Annual report of the Prince of Wales Medical College, Patna
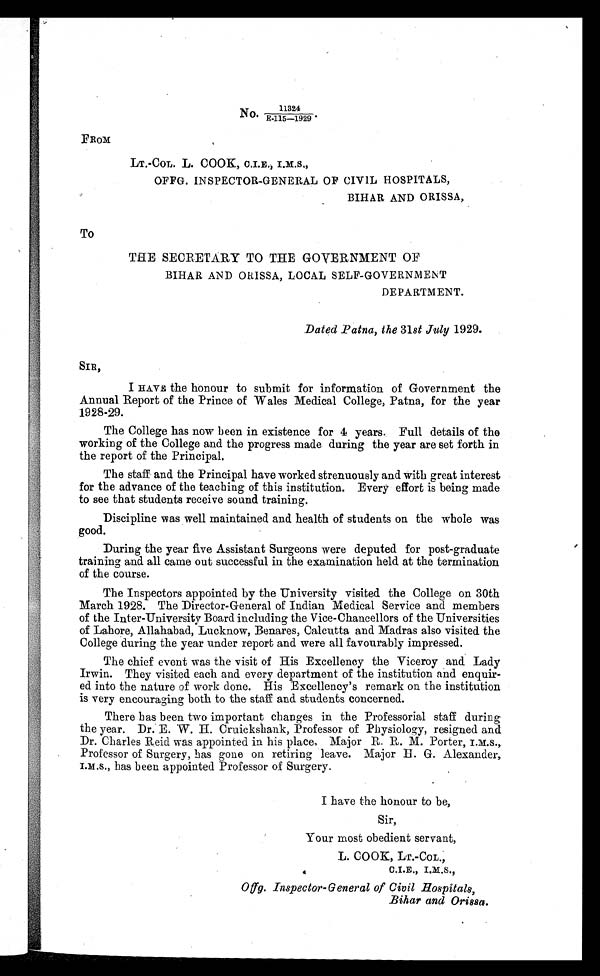
11324
No. E .1 1 5 — 1 9 2 9 .
FROM
LT.-COL. L. COOK, C.I.E., I.M.S.,
OFFG. INSPECTOR-GENERAL OF CIVIL HOSPITALS,
BIHAR AND ORISSA,
To
THE SECRETARY TO THE GOVERNMENT OF
BIHAR AND ORISSA, LOCAL SELF-GOVERNMENT
DEPARTMENT.
Dated Patna, the 31 st July 1929.
SIR,
I HAVE the honour to submit for information of Government the
Annual Report of the Prince of Wales Medical College, Patna, for the year
1928-29.
The College has now been in existence for 4 years. Full details of the
working of the College and the progress made during the year are set forth in
the report of the Principal.
The staff and the Principal have worked strenuously and with great interest
for the advance of the teaching of this institution. Every effort is being made
to see that students receive sound training.
Discipline was well maintained and health of students on the whole was
good.
During the year five Assistant Surgeons were deputed for post-graduate
training and all came out successful in the examination held at the termination
of the course.
The Inspectors appointed by the University visited the College on 30th
March 1928. The Director-General of Indian Medical Service and members
of the Inter-University Board including the Vice-Chancellors of the Universities
of Lahore, Allahabad, Lucknow, Benares, Calcutta and Madras also visited the
College during the year under report and were all favourably impressed.
The chief event was the visit of His Excellency the Viceroy and Lady
Irwin. They visited each and every department of the institution and enquir
-ed into the nature of work done. His Excellency's remark on the institution
is very encouraging both to the staff and students concerned.
There has been two important changes in the Professorial staff during
the year. Dr.E.W . H. Cruickshank, Professor of Physiology, resigned and
Dr. Charles Reid was appointed in his place, Major R.R.M. Porter, I.M.S.,
Professor of Surgery, has gone on retiring leave. Major H. G. Alexander,
I.M.S., has been appointed Professor of Surgery.
I have the honour to be,
Sir,
Your most obedient servant,
L. COOK, LT.-CoL.,
C.I.E.,
Offg. Inspector-General of Civil Hospitals,
Bihar and Orissa.